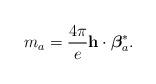
LaTeX: \begin{align*}m_a ={4\pi \over e} {\bf h}\cdot {\mbox{\boldmath $\beta$}}_a^* .\end{align*}